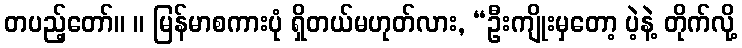
တပည့်တော်။ ။ မြန်မာစကားပုံ ရှိတယ်မဟုတ်လား, “ဦးကျိုးမှတော့ ပဲ့နဲ့ တိုက်လို့